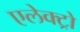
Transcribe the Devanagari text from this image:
एलेक्ट्रो